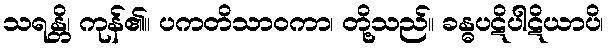
သရန္တိ၊ ကုန်၏။ ပကတိသာဝကာ၊ တို့သည်။ ခန္ဓပဋိပါဋိယာပိ၊